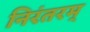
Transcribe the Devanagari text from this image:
निरंतरम्‌